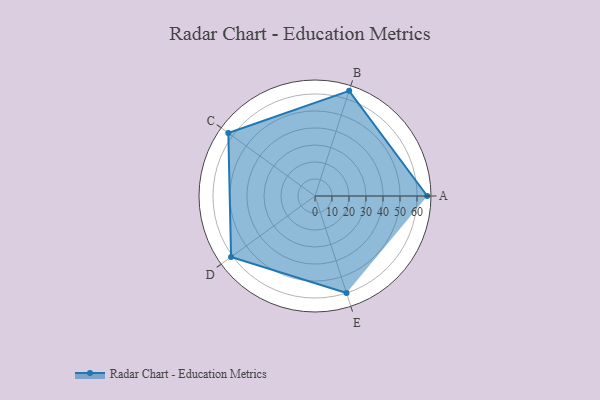
{"axis": {"x": "Skill", "y": "Score"}, "legend": ["Profile"], "data": [{"x": "A", "y": 66.0, "type": "Profile"}, {"x": "B", "y": 65.0, "type": "Profile"}, {"x": "C", "y": 63.0, "type": "Profile"}, {"x": "D", "y": 61.0, "type": "Profile"}, {"x": "E", "y": 60.0, "type": "Profile"}]}